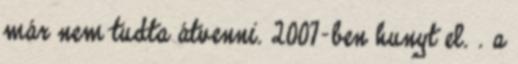
már nem tudta átvenni. 2007-ben hunyt el. . a